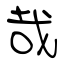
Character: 哉